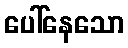
ပေါ်နေသော